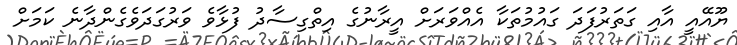
ޔޫއޭއީ އާއި ގަތަރުފަދަ ގައުމުތަކާ އެއްވަރަށް އީރާނުގެ އިތްގިސާދު ފުޅާވެ ވަރުގަދަވެގެންދާނެ ކަމަށް